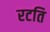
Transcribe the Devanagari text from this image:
रटति